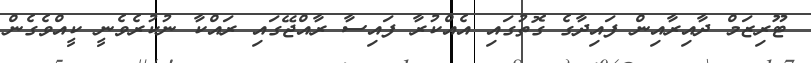
ޓޫރިޒަމް ދާއިރާއިން ފައިދާގެ ގޮތުގައި އެއްކުރާ ފައިސާ ރާއްޖޭގައި ރައްކާ ނުކުރެވެނީ ކީއްވެގެން